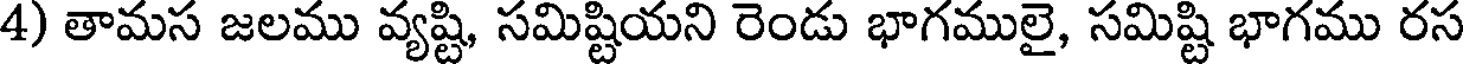
4) తామస జలము వ్యష్టి, సమిష్టియని రెండు భాగములై, సమిష్టి భాగము రస